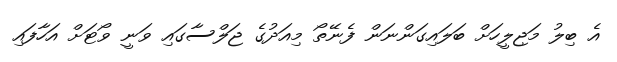
އެ ބިލު މަޖިލީހަށް ބަލައިގަންނަން ފެނޭތޯ މިއަދުގެ ޖަލްސާގައި ވަނީ ވޯޓަށް އަހާފައި